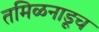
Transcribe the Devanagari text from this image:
तमिळनाडूच